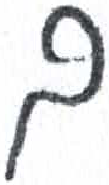
אות: ם